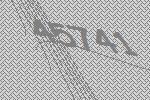
45741